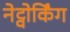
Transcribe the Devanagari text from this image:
नेट्वोर्किंग